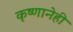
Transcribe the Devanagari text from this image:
कृष्णानेही